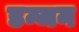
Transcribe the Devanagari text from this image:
डन्जन